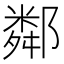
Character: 鄰